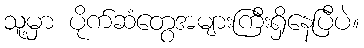
သူ့မှာ ပိုက်ဆံတွေအများကြီးရှိနေပြီပဲ။